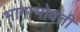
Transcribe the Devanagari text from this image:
भागाभोवती